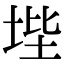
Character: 㙄